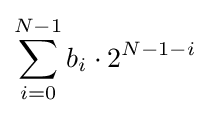
\sum _{i=0}^{N-1}b_{i}\cdot 2^{N-1-i}